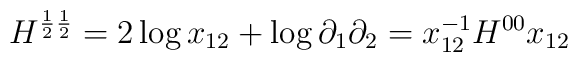
H^{\frac{1}{2}\frac{1}{2}}=2\log x_{12}+\log\partial_1\partial_2=x_{12}^{-1}H^{00}x_{12}